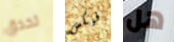
تحدق فيكس هل